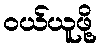
ဝယ်ယူဖို့